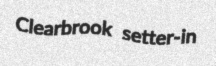
Clearbrook setter-in